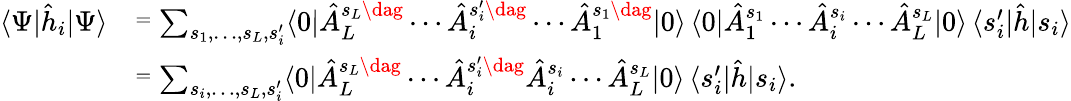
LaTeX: \begin{array}{rl}{\langle\Psi|\hat{h}_{i}|\Psi\rangle}&{\stackrel{=}\textstyle\sum_{s_{1},\dotsc,s_{L},s_{i}^{\prime}}\langle 0|\hat{A}_{L}^{s_{L}\dag}\dotsb\hat{A}_{i}^{s_{i}^{\prime}\dag}\dotsb\hat{A}_{1}^{s_{1}\dag}|0\rangle\, \langle 0|\hat{A}_{1}^{s_{1}}\dotsb\hat{A}_{i}^{s_{i}}\dotsb\hat{A}_{L}^{s_{L}}|0\rangle\, \langle s_{i}^{\prime}|\hat{h}|s_{i}\rangle}\\ &{\stackrel{=}\textstyle\sum_{s_{i},\dotsc,s_{L},s_{i}^{\prime}}\langle 0|\hat{A}_{L}^{s_{L}\dag}\dotsb\hat{A}_{i}^{s_{i}^{\prime}\dag}\hat{A}_{i}^{s_{i}}\dotsb\hat{A}_{L}^{s_{L}}|0\rangle\, \langle s_{i}^{\prime}|\hat{h}|s_{i}\rangle.}\end{array}